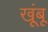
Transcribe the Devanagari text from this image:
खूंबू